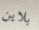
بلاين